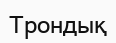
Трондық